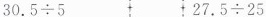
$$30.5\div 5$$ $$27.5\div 25$$